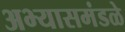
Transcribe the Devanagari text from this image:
अभ्यासमंडळे